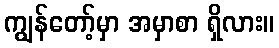
ကျွန်တော့်မှာ အမှာစာ ရှိလား။